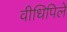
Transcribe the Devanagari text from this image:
वीधिपिले